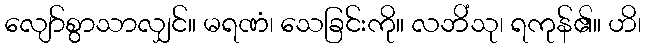
လျော်စွာသာလျှင်။ မရဏံ၊ သေခြင်းကို။ လဘိံသု၊ ရကုန်၏။ ဟိ၊